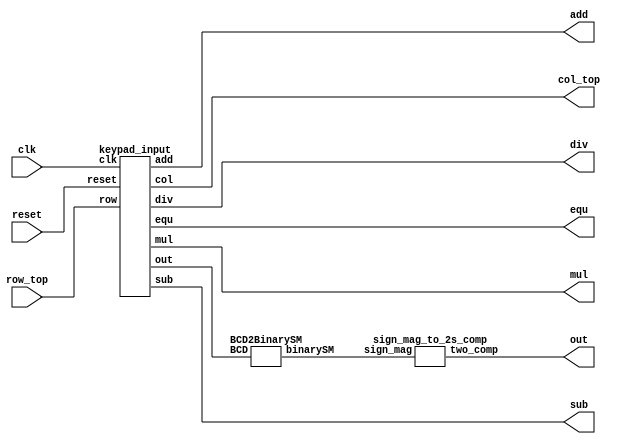
module input_unit (input clk, reset, input [3:0] row_top, output [3:0] col_top, output [7:0] out, output add,sub,mul,div,equ);
  
  wire [15:0] keypad_input_out; // a variable to hold/transfer keypad_input module's 16 bit output
  wire [7:0]  bcd_bin_out;      // a variable to hold bcd_bin module's output
  
  // use case here keypad_decoder use flags
  
  keypad_input keypad_input (.clk(clk), 
						     .reset(reset), 
						     .row(row_top),
							  .col(col_top), 
                             .out(keypad_input_out),
                             .add(add),
                             .sub(sub),
                             .mul(mul),
                             .div(div),
                             .equ(equ));
  
  BCD2BinarySM BCD2BinarySM (.BCD(keypad_input_out), 
									  .binarySM(bcd_bin_out));
  
  sign_mag_to_2s_comp sign_mag_to_2s_comp (.sign_mag(bcd_bin_out), 
														 .two_comp(out));
 

endmodule



// temp top module keypad_input or Assignment_4_1

module keypad_input  #( parameter DIGITS = 4)( input clk,
																 input reset,
															    input [3:0] row,
															    output [3:0] col,
															    output [(DIGITS*4)-1:0] out,
															    output [3:0] value,
															    output trig,
                                                                output add,sub,mul,div,equ);
 keypad_base keypad_base(.clk(clk),
                         .row(row),
                         .col(col),
                         .value(value),
                         .valid(trig),
                         .add(add),
                         .sub(sub),
                         .mul(mul),
                         .div(div),
                         .equ(equ));
  
 shift_reg #(.COUNT(DIGITS)) shift_reg(.trig(trig),
                                       .in(value),
                                       .out(out),
                                       .reset(reset));
  
endmodule

// keypad_base module

module keypad_base(input clk,
                   input [3:0] row,
                   output [3:0] col,
                   output [3:0] value,
                   output valid,
                   output slow_clock,
                   output sense,
                   output valid_digit,
                   output [3:0] inv_row,
                   output add,sub,mul,div,equ);
  
 assign inv_row = ~row;
  
 clock_div #(.DIV(100000)) keypad_clock_divider(.clk(clk),
                                                .clk_out(slow_clock));
  
 keypad_fsm keypad_fsm(.clk(slow_clock),
                       .row(inv_row),
                       .col(col),
                       .sense(sense));
  
 keypad_decoder #(.BASE(10)) keypad_key_decoder(.row(inv_row),
                                                .col(col),
                                                .value(value),
                                                .valid(valid_digit),
                                                .add(add),
                                                .sub(sub),
                                                .mul(mul),
                                                .div(div),
                                                .equ(equ));
  
 assign valid = valid_digit && sense;
  
endmodule

// clock_div module

module clock_div #(parameter WIDTH = 32,parameter DIV = 50)(input clk, reset
                                                           ,output clk_out);
  
 reg [WIDTH-1:0] r_reg;
 wire [WIDTH-1:0] r_nxt;
 reg clk_track;
  
 always @(posedge clk or posedge reset)
 begin
 if (reset)
 begin
 r_reg <= 0;
 clk_track <= 1'b0;
 end
 else if (r_nxt == DIV)
 begin
 r_reg <= 0;
 clk_track <= ~clk_track;
 end
   
 else
 r_reg <= r_nxt;
 end
  
 assign r_nxt = r_reg+1;
 assign clk_out = clk_track;
  
 endmodule

//keypad_fsm module

module keypad_fsm(input clk,
                  input [3:0] row,
                  output reg [3:0] col,
                  output sense,
                  output reg [3:0] state,
                  output trig);
  
 assign trig = row[0] || row[1] || row[2] || row[3];
 assign sense = state == 10;
  
 always@ (posedge clk)
 begin
   
 case (state)
  0: begin col = 4'b1111; state = 1; end
  1: if (trig) begin state = 2; end
  2: begin col = 4'b0001; state = 3; end
  3: if (trig) begin state = 10; end else begin state = 4; end
  4: begin col = 4'b0010; state = 5; end
  5: if (trig) begin state = 10; end else begin state = 6; end
  6: begin col = 4'b0100; state = 7; end
  7: if (trig) begin state = 10; end else begin state = 8; end
  8: begin col = 4'b1000; state = 9; end
  9: if (trig) begin state = 10; end else begin state = 0; end
  10: begin state = 11; end
  11: if (~trig) begin state = 0; end
 endcase
   
 end
  
endmodule

// keypad_decoder module

module keypad_decoder #(parameter BASE = 10)(input [3:0] row,
                                             input [3:0] col,
                                             output reg [3:0] value,
                                             output reg valid,
                                             output reg add,sub,mul,div,equ); // valid is optional signal
  
 always @ (row, col)
 begin
 if (BASE == 10)
 begin
   // 1 2 3 A
   // 4 5 6 B
  // 7 8 9 C
  // E 0 F D
   
   // add,sub,mul,div,equ
   
 case ({row, col})
  8'b0001_0001: begin value = 1;  add = 0; sub = 0; mul = 0; div = 0; equ = 0; valid = 1; end // 1
  8'b0001_0010: begin value = 2;  add = 0; sub = 0; mul = 0; div = 0; equ = 0; valid = 1; end // 2
  8'b0001_0100: begin value = 3;  add = 0; sub = 0; mul = 0; div = 0; equ = 0; valid = 1; end // 3
  8'b0001_1000: begin value = 10; add = 1; sub = 0; mul = 0; div = 0; equ = 0; valid = 1; end // A
  8'b0010_0001: begin value = 4;  add = 0; sub = 0; mul = 0; div = 0; equ = 0; valid = 1; end // 4
  8'b0010_0010: begin value = 5;  add = 0; sub = 0; mul = 0; div = 0; equ = 0; valid = 1; end // 5
  8'b0010_0100: begin value = 6;  add = 0; sub = 0; mul = 0; div = 0; equ = 0; valid = 1; end // 6
  8'b0010_1000: begin value = 11; add = 0; sub = 1; mul = 0; div = 0; equ = 0; valid = 1; end // B
  8'b0100_0001: begin value = 7;  add = 0; sub = 0; mul = 0; div = 0; equ = 0; valid = 1; end // 7
  8'b0100_0010: begin value = 8;  add = 0; sub = 0; mul = 0; div = 0; equ = 0; valid = 1; end // 8
  8'b0100_0100: begin value = 9;  add = 0; sub = 0; mul = 0; div = 0; equ = 0; valid = 1; end // 9
  8'b0100_1000: begin value = 12; add = 0; sub = 0; mul = 1; div = 0; equ = 0; valid = 1; end // C
  8'b1000_0001: begin value = 14; add = 0; sub = 0; mul = 0; div = 0; equ = 0; valid = 1; end // E or *
  8'b1000_0010: begin value = 0;  add = 0; sub = 0; mul = 0; div = 0; equ = 0; valid = 1; end // 0
  8'b1000_0100: begin value = 15; add = 0; sub = 0; mul = 0; div = 0; equ = 1; valid = 1; end // F or #
  8'b1000_1000: begin value = 13; add = 0; sub = 0; mul = 0; div = 1; equ = 0; valid = 1; end // D
  default:      begin value = 0;  add = 0; sub = 0; mul = 0; div = 0; equ = 0; valid = 0; end // Misc
 endcase
 end
  
 else
 begin
  value = 0; valid = 0; // Invalid Base
 end
 end
  
endmodule 

// shift_reg_module

module shift_reg #(parameter COUNT = 4, parameter WIDTH = 4)(input trig, reset, dir,
                                                             input [WIDTH-1:0] in,
                                                             output reg [(COUNT*WIDTH)-1:0] out);
  
 always@ (posedge trig, negedge reset)
 begin
 if (~reset)
 out <= 0;
 else
 begin
 if (dir)
 begin // 1 = Right
 out <= out >> WIDTH;
 out[(COUNT*WIDTH)-1:((COUNT*WIDTH)-1)-WIDTH] <= in;
 end
 else
 begin // 0 = Left
 out <= out << WIDTH;
 out[WIDTH-1:0] <= in;
 end
 end
 end
  
endmodule 

// BCD Sign Magnitude to Binary Sign Magnitude

module BCD2BinarySM #(parameter N=8)(input [15:0] BCD,
                                     output [N-1:0] binarySM);
  
 assign binarySM = BCD[15]*(8'b10000000) + BCD[11:8]*(8'b01100100) + BCD[7:4]*(8'b1010) + BCD[3:0];
  
endmodule 

// binary sign mag to 2's complement converter module

module sign_mag_to_2s_comp(input  [7:0] sign_mag,output reg [7:0] two_comp);

wire sign;
wire [6:0] mag;
reg [7:0] neg_mag;

// Extract sign and magnitude
assign sign = sign_mag[7];
assign mag = sign_mag[6:0];

// Compute 2's complement
always @* begin
    if (sign) begin
        // Negative number
        neg_mag = ~mag + 1;
        two_comp = {1'b1, neg_mag};
    end else begin
        // Positive number
        two_comp = {1'b0, mag};
    end
end

endmodule